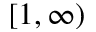
[ 1 , \infty )